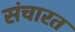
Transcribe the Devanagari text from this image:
संचारत